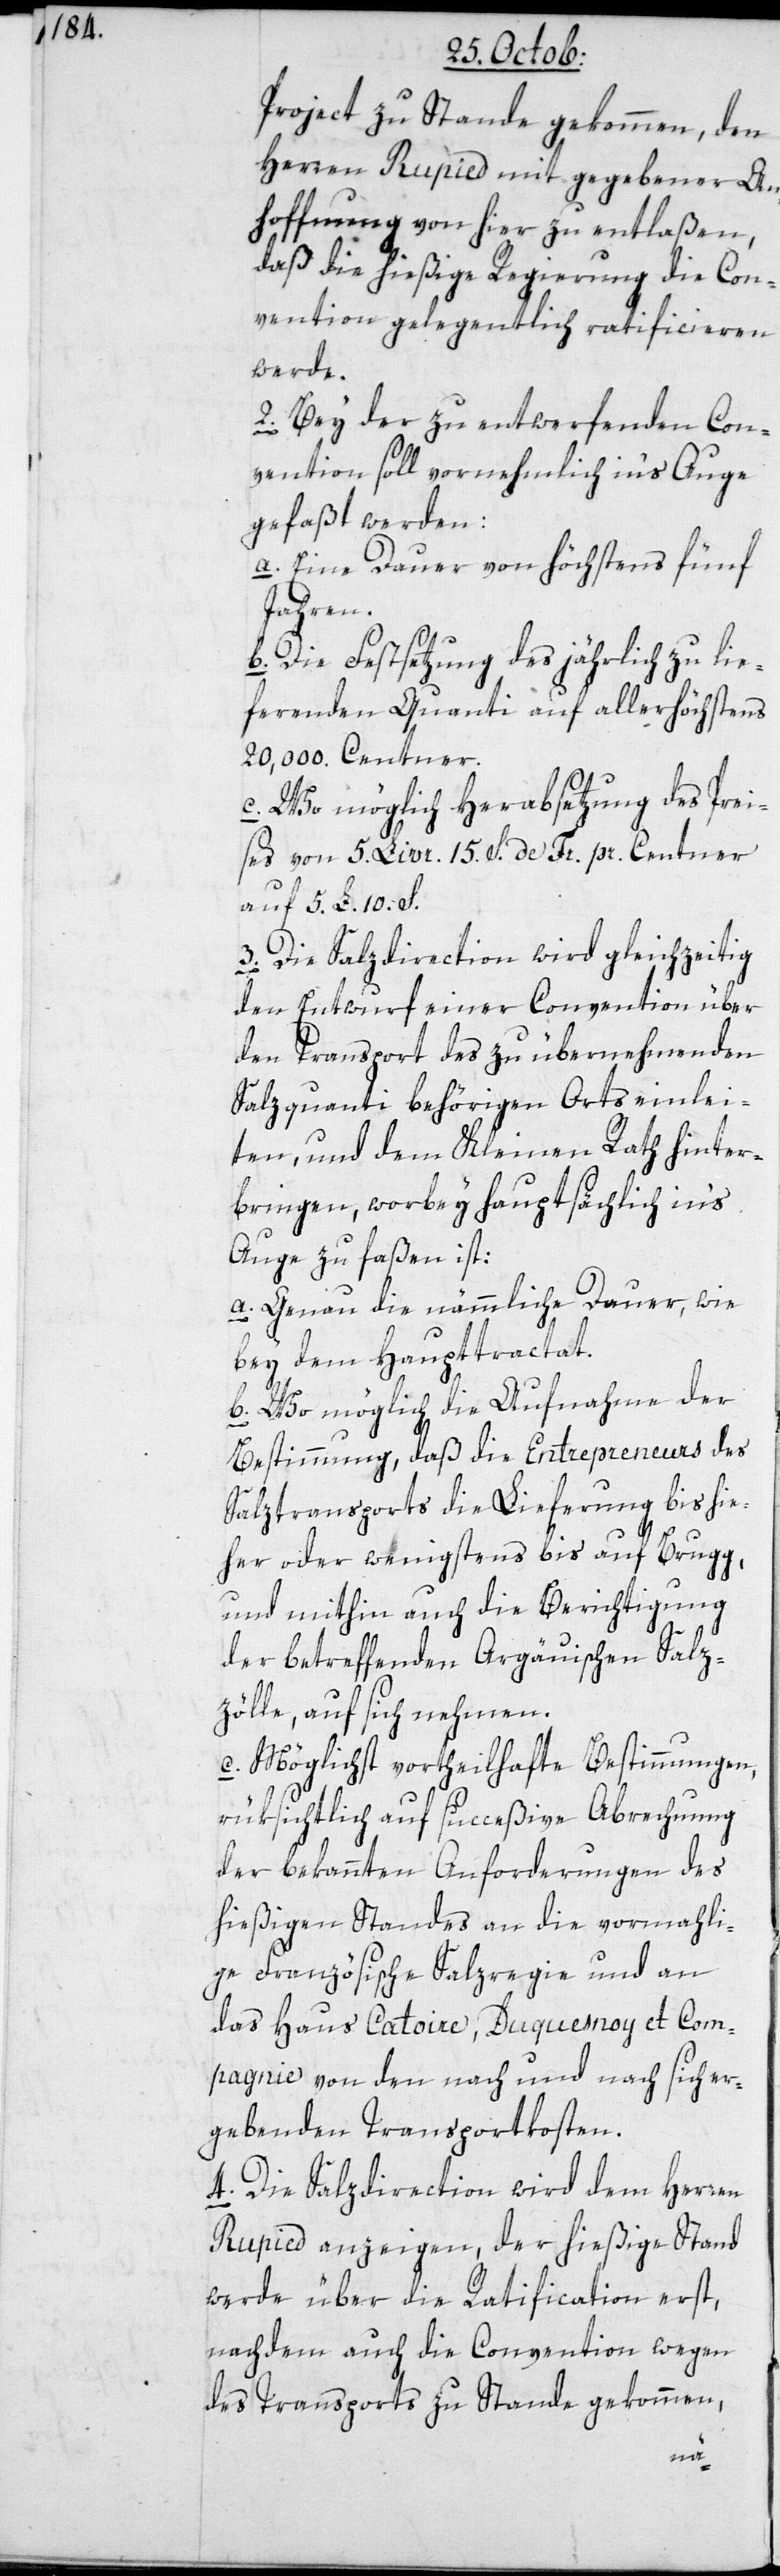
Project zustande gekommen, den
Herren Rupied mit gegebener An¬
hoffnung von hier zu entlaßen,
daß die hießige Regierung die Con¬
vention gelegentlich ratificieren
werde.
2. Bei der zu entwerfenden Con¬
vention soll vornehmlich ins Auge
gefaßt werden:
a. Eine Dauer von höchstens fünf
Jahren.
b. Die Festsetzung des jährlich zu lie¬
fernden Quanti auf allerhöchstens
20'000. Centner.
c. Womöglich Herabsetzung des Prei¬
ses von 5. Livr. 15. S. de Fr. per Centner
auf 5. Livr. 10.
3. Die Salzdirection wird gleichzeitig
den Entwurf einer Convention über
den Transport des zu übernehmenden
Salzquanti behörigen Orts einlei¬
ten, und dem Kleinen Rath hinter¬
bringen, wobey hauptsächlich in‘s
Auge zu faßen ist:
a. Genau die nämmliche Dauer, wie
bey dem Haupttractat.
b. Wo möglich die Aufnahme der
Bestimmung, daß die Entrepreneurs des
Salztransports die Lieferung bis hie¬
her oder wenigstens bis auf Brugg,
und mithin auch die Berichtigung
der betreffenden Argäuischen Salz¬
zölle, auf sich nehmen.
c. Möglichst vortheilhafte Bestimmungen,
rüksichtlich auf succeßive Abrechnung
der bekannten Anforderungen des
hießigen Standes an die vormahli¬
ge Französische Salzregie und an
das Haus Catoire, Duquesnoy et Com¬
pagnie von den nach und nach sich er¬
gebenden Transportkosten.
4. Die Salzdirection wird dem Herren
Rupied anzeigen, der hießige Stand
werde über die Ratification erst,
nachdem auch die Convention wegen
des Transports zustande gekommen,